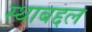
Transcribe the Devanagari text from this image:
स्थाबद्दल